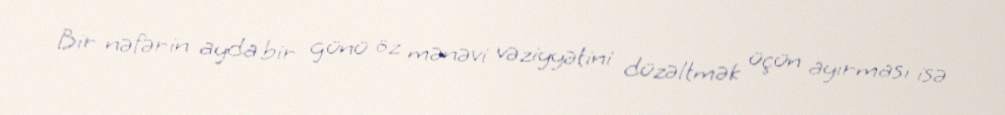
Bir nəfərin ayda bir günü öz mənəvi vəziyyətini düzəltmək üçün ayırması isə